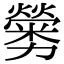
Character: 𠣁